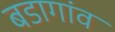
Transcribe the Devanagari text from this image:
बडागांव